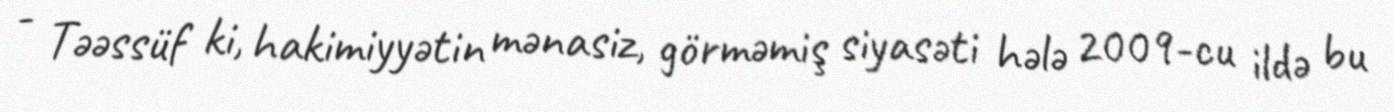
- Təəssüf ki, hakimiyyətin mənasiz, görməmiş siyasəti hələ 2009-cu ildə bu